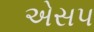
એસ૫